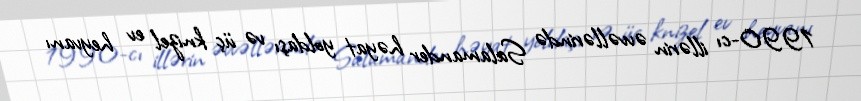
1990-cı illərin əvvəllərində Salamander həyat yoldaşı və üç knizel ev heyvanı